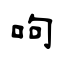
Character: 呴